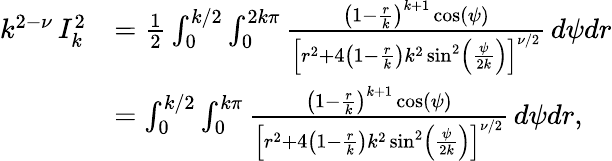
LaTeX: \begin{array}{rl}{k^{2-\nu}\, I_{k}^{2}}&{=\frac{1}{2}\int_{0}^{k/2}\int_{0}^{2k\pi}\frac{\left(1-\frac{r}{k}\right)^{k+1}\cos(\psi)}{\left[r^{2}+4\left(1-\frac{r}{k}\right)k^{2}\sin^{2}\left(\frac{\psi}{2k}\right)\right]^{\nu/2}}\, d\psi dr}\\ &{=\int_{0}^{k/2}\int_{0}^{k\pi}\frac{\left(1-\frac{r}{k}\right)^{k+1}\cos(\psi)}{\left[r^{2}+4\left(1-\frac{r}{k}\right)k^{2}\sin^{2}\left(\frac{\psi}{2k}\right)\right]^{\nu/2}}\, d\psi dr,}\end{array}